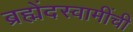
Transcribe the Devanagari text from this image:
ब्रह्मेंदस्वामींची